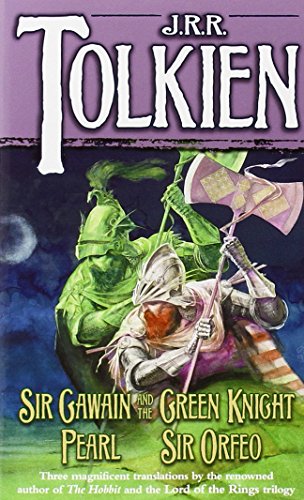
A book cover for Sir Gawain and the Green Knight; Pearl; [and] Sir Orfeo; Literature & Fiction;